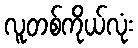
လူတစ်ကိုယ်လုံး